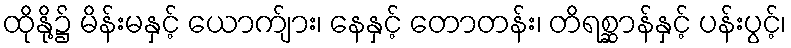
ထိုနို့၌ မိန်းမနှင့် ယောက်ျား၊ နေနှင့် တောတန်း၊ တိရစ္ဆာန်နှင့် ပန်းပွင့်၊